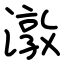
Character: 潡